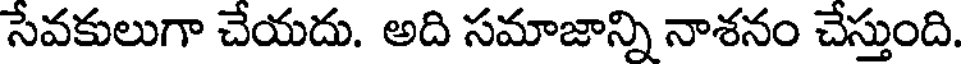
సేవకులుగా చేయదు. అది సమాజాన్ని నాశనం చేస్తుంది.